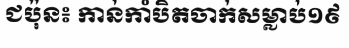
ជប៉ុន៖ កាន់កាំបិតចាក់សម្លាប់១៩